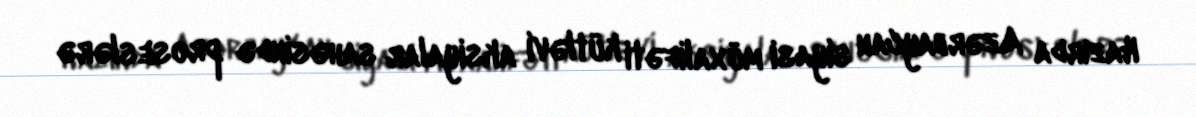
Hazırda Azərbaycan siyasi müxalifəti kütləvi aksiyalar sahəsində proseslərə